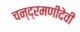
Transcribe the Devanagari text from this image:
चन्द्रमणीदेवी